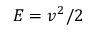
E = v ^ { 2 } / 2